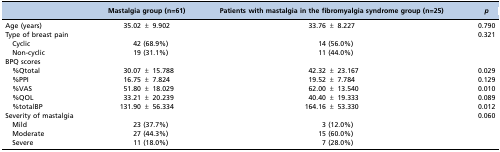
|  | Mastalgia group (n=61) | Patients with mastalgia in the fibromyalgia syndrome group (n=25) | p |
 | --- | --- | --- | --- |
 | Age (years) | 35.02 ± 9.902 | 33.76 ± 8.227 | 0.790 |
 | Type of breast pain |  |  | 0.321 |
 | Cyclic | 42 (68.9%) | 14 (56.0%) |  |
 | Non-cyclic | 19 (31.1%) | 11 (44.0%) |  |
 | BPQ scores |  |  |  |
 | %Qtotal | 30.07 ± 15.788 | 42.32 ± 23.167 | 0.029 |
 | %PPI | 16.75 ± 7.824 | 19.52 ± 7.784 | 0.129 |
 | %VAS | 51.80 ± 18.029 | 62.00 ± 13.540 | 0.010 |
 | %QOL | 33.21 ± 20.239 | 40.40 ± 19.333 | 0.089 |
 | %totalBP | 131.90 ± 56.334 | 164.16 ± 53.330 | 0.012 |
 | Severity of mastalgia |  |  | 0.060 |
 | Mild | 23 (37.7%) | 3 (12.0%) |  |
 | Moderate | 27 (44.3%) | 15 (60.0%) |  |
 | Severe | 11 (18.0%) | 7 (28.0%) |  |